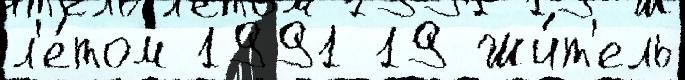
л'е́том 1991 19 Жи́т'ель